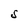
Character: S